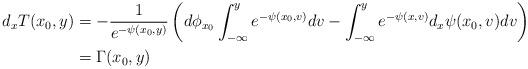
LaTeX: \begin{align*}d_xT(x_0,y) &= -\frac{1}{e^{-{\psi(x_0,y)}}} \left( d \phi_{x_0} \int_{-\infty}^y e^{-{\psi(x_0,v) }}dv - \int_{-\infty}^y e^{-{\psi(x,v)}} d_x {\psi} (x_0,v) dv \right) \\&= \Gamma(x_0,y)\end{align*}